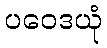
ပဝေဒယုံ